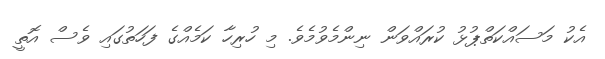
އެކު މަސައްކަތްޕުޅު ކުރައްވަން ނިންމެވުމެވެ. މި ހުރިހާ ކަމެއްގެ ފަހަތުގައި ވެސް އޮތީ